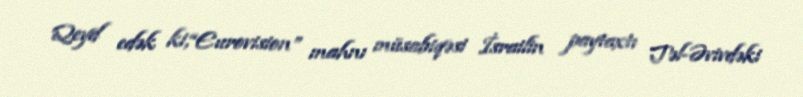
Qeyd edək ki,“Eurovision” mahnı müsabiqəsi İsrailin paytaxtı Təl-Əvivdəki